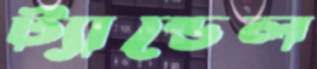
ট্যান্ডেল